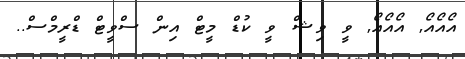
އޯއޯއޯ